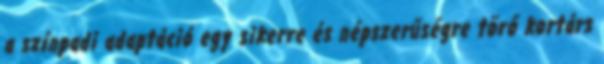
a színpadi adaptáció egy sikerre és népszerűségre törő kortárs